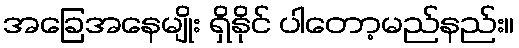
အခြေအနေမျိုး ရှိနိုင် ပါတော့မည်နည်း။